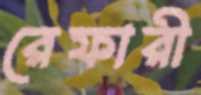
রেফারী